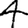
Digit: 4